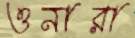
ওনারা